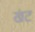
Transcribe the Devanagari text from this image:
खंट